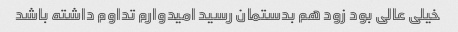
خیلی عالی بود زود هم بدستمان رسید امیدوارم تداوم داشته باشد